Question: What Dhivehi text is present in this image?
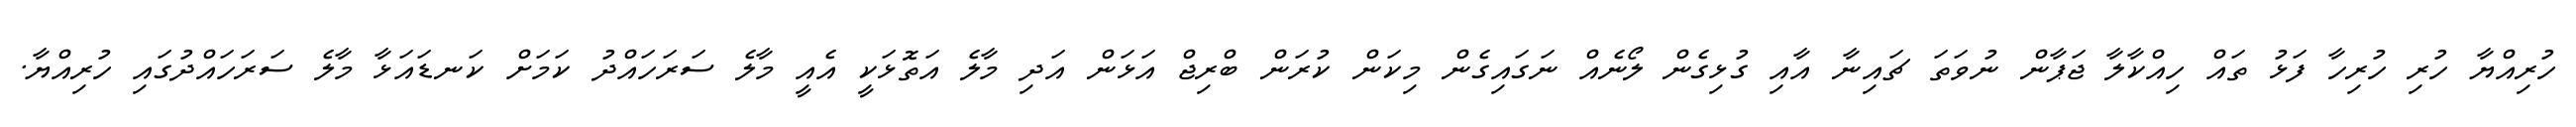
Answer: ހުރިއްޔާ ހުރި ހުރިހާ ފަޅު ތައް ހިއްކާލާ ޖަޕާން ނުވަތަ ޗައިނާ އާއި ގުޅިގެން ލޯނެއް ނަގައިގެން މިކަން ކުރަން ބްރިޖް އަޅަން އަދި މާލެ އަތޮޅަކީ އެއީ މާލެ ސަރަހައްދު ކަމަށް ކަނޑައަޅާ މާލެ ސަރަހައްދުގައި ހުރިއްޔާ.